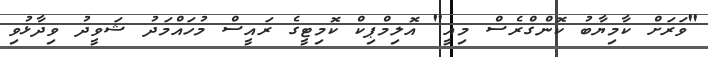
"ވަރަށް ކާމިޔާބު ކޮންގްރެސް މިއީ" އޮލިމްޕިކް ކޮމިޓީގެ ރައީސް މުހައްމަދު ޝަވީދު ވިދާޅުވި